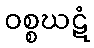
ဝစ္စဃဋံ